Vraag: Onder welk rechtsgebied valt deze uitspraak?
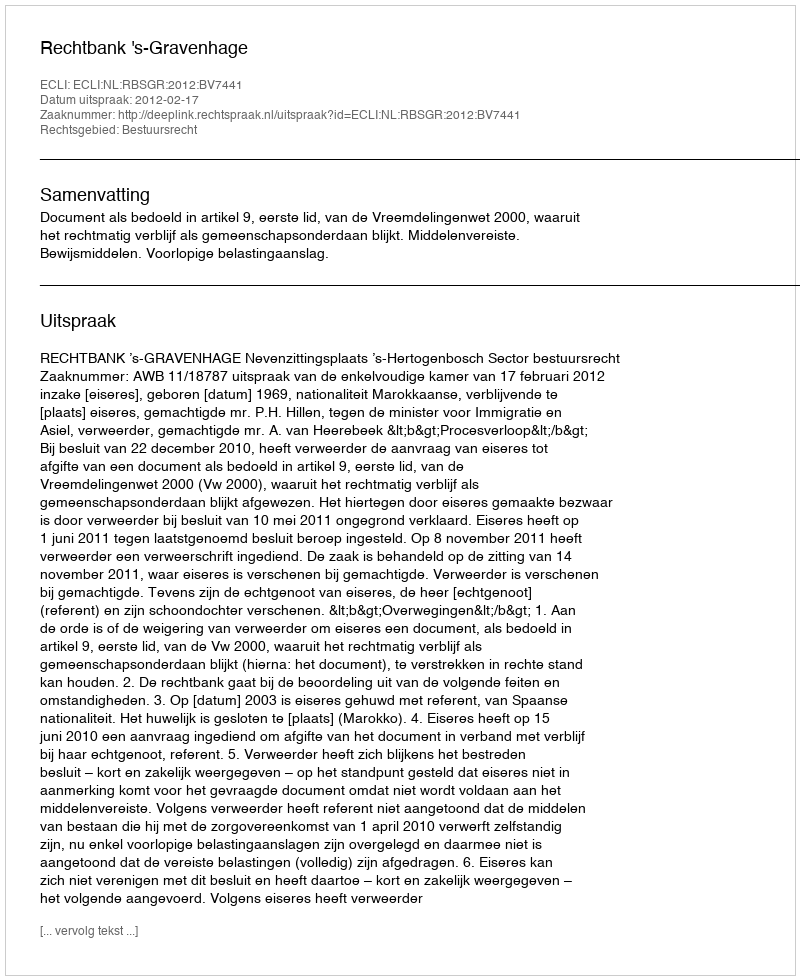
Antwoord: Bestuursrecht